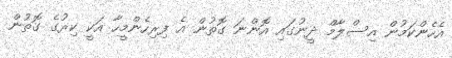
އެހެންކަމުން އިސްލާމް ދީނުގައި އޮންނަ ގޮތުން އެ ފިރިހެންމީހާ އަކީ ކިރުގެ ގޮތުން